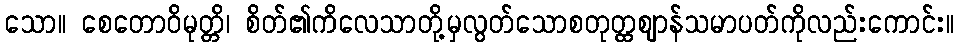
သော။ စေတောဝိမုတ္တိ၊ စိတ်၏ကိလေသာတို့မှလွတ်သောစတုတ္ထဈာန်သမာပတ်ကိုလည်းကောင်း။